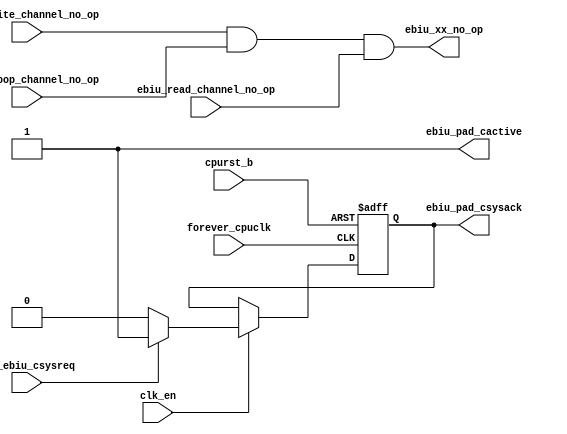
/*Copyright 2019-2021 T-Head Semiconductor Co., Ltd.

Licensed under the Apache License, Version 2.0 (the "License");
you may not use this file except in compliance with the License.
You may obtain a copy of the License at

    http://www.apache.org/licenses/LICENSE-2.0

Unless required by applicable law or agreed to in writing, software
distributed under the License is distributed on an "AS IS" BASIS,
WITHOUT WARRANTIES OR CONDITIONS OF ANY KIND, either express or implied.
See the License for the specific language governing permissions and
limitations under the License.
*/
module ct_ebiu_lowpower(
  clk_en,
  cpurst_b,
  ebiu_pad_cactive,
  ebiu_pad_csysack,
  ebiu_read_channel_no_op,
  ebiu_snoop_channel_no_op,
  ebiu_write_channel_no_op,
  ebiu_xx_no_op,
  forever_cpuclk,
  pad_ebiu_csysreq
);

// &Ports; @24
input        clk_en;                  
input        cpurst_b;                
input        ebiu_read_channel_no_op; 
input        ebiu_snoop_channel_no_op; 
input        ebiu_write_channel_no_op; 
input        forever_cpuclk;          
input        pad_ebiu_csysreq;        
output       ebiu_pad_cactive;        
output       ebiu_pad_csysack;        
output       ebiu_xx_no_op;           

// &Regs; @25
reg          ebiu_pad_csysack;        

// &Wires; @26
wire         clk_en;                  
wire         cpurst_b;                
wire         ebiu_pad_cactive;        
wire         ebiu_read_channel_no_op; 
wire         ebiu_snoop_channel_no_op; 
wire         ebiu_write_channel_no_op; 
wire         ebiu_xx_no_op;           
wire         forever_cpuclk;          
wire         pad_ebiu_csysreq;        


//==========================================================
//  EBIU no_op
//==========================================================
assign ebiu_xx_no_op = ebiu_write_channel_no_op & ebiu_snoop_channel_no_op & ebiu_read_channel_no_op;

//==========================================================
// low power handshake with interconnect clock controller 
//==========================================================
assign ebiu_pad_cactive = 1'b1;

always@(posedge forever_cpuclk or negedge cpurst_b)
begin
  if(~cpurst_b)
    ebiu_pad_csysack <= 1'b1;
  else if(clk_en)
  begin
    if(~pad_ebiu_csysreq)
      ebiu_pad_csysack <= 1'b0;
    else
      ebiu_pad_csysack <= 1'b1;
  end
end


// &ModuleEnd; @52
endmodule